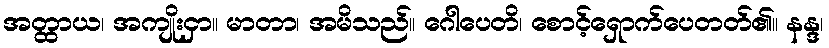
အတ္ထာယ၊ အကျိုးငှာ။ မာတာ၊ အမိသည်။ ဂေါပေတိ၊ စောင့်ရှောက်ပေတတ်၏။ နန္ဒ၊